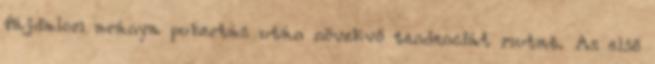
fájdalom aránya pubertás után növekvő tendenciát mutat. Az első